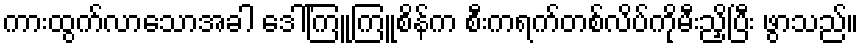
ကားထွက်လာသောအခါ ဒေါ်ကြူကြူစိန်က စီးကရက်တစ်လိပ်ကိုမီးညှိပြီး ဖွာသည်။